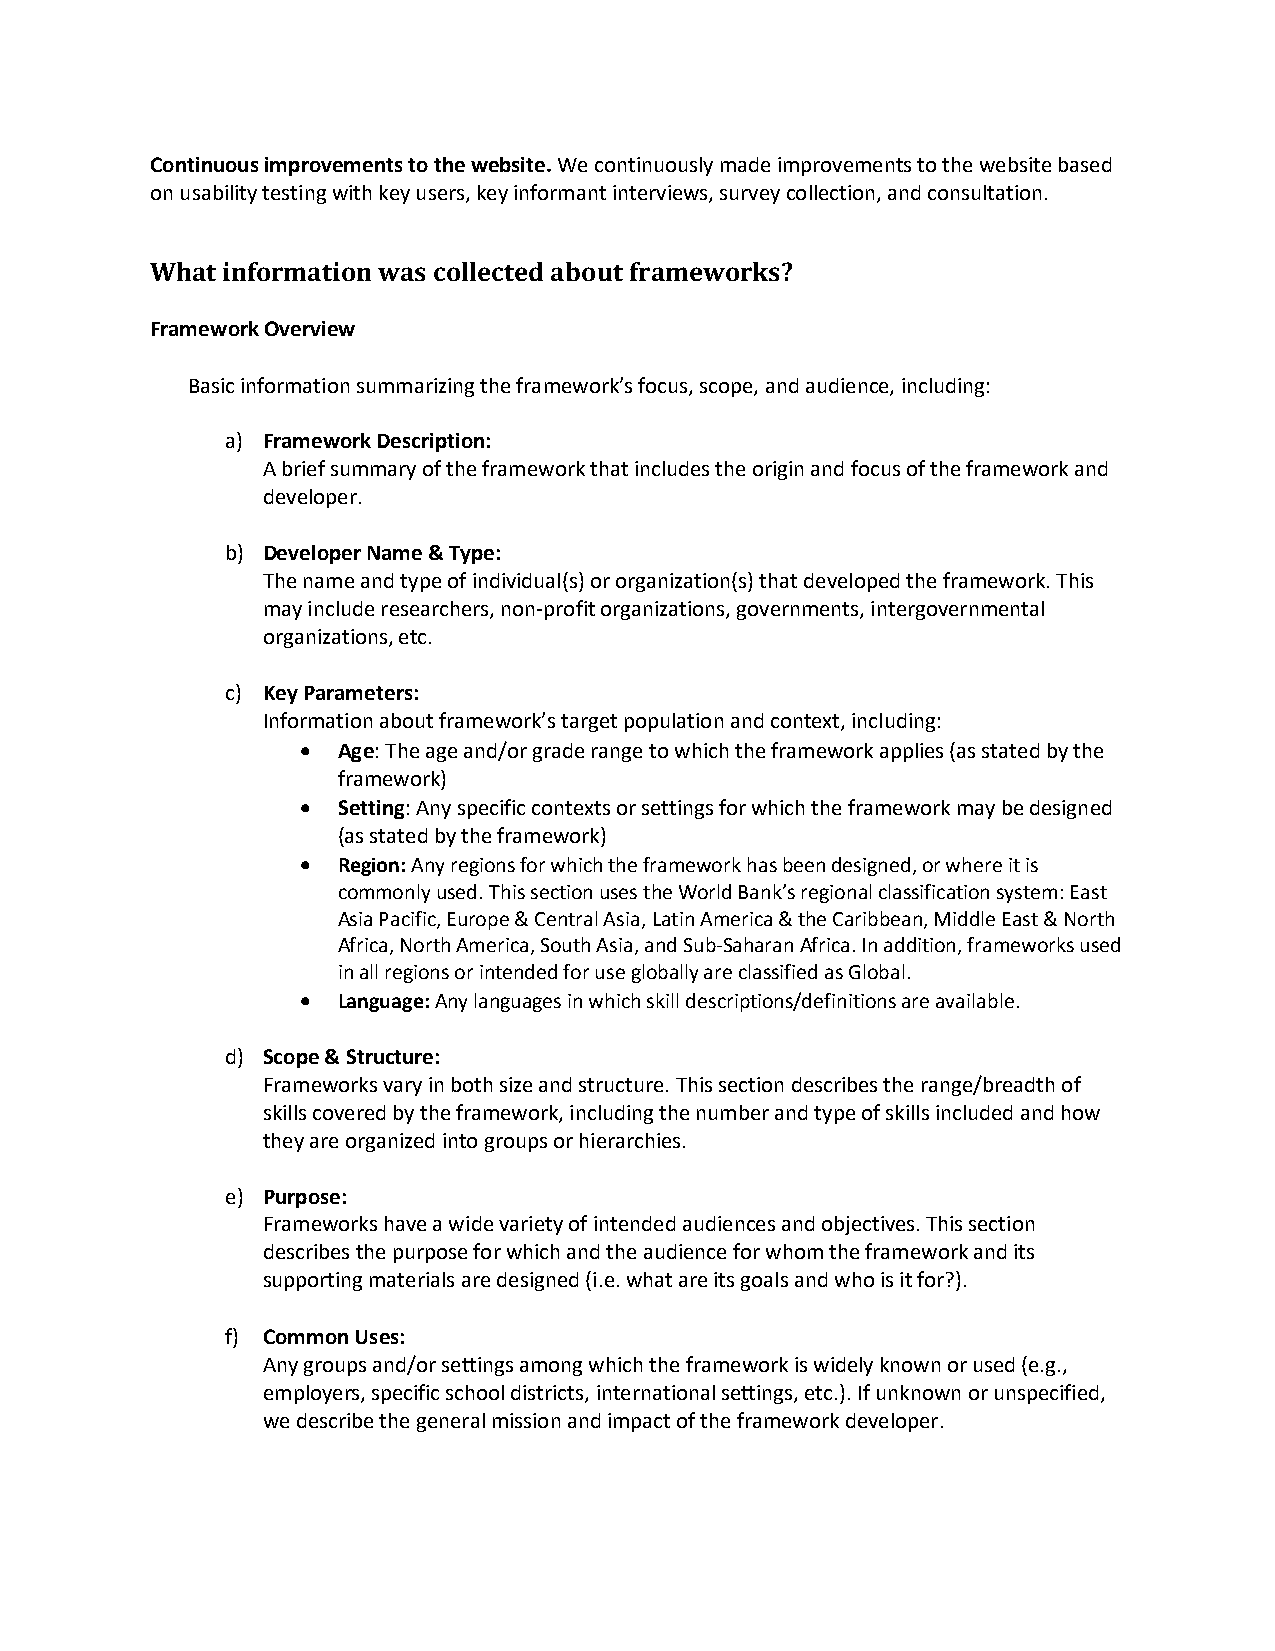
Continuous improvements to the website. We continuously made improvements to the website based
 on usability testing with key users, key informant interviews, survey collection, and consultation.
 What information was collected about frameworks?
 Framework Overview
 Basic information summarizing the framework’s focus, scope, and audience, including:
 a) Framework Description:
 A brief summary of the framework that includes the origin and focus of the framework and
 developer.
 b) Developer Name & Type:
 The name and type of individual(s) or organization(s) that developed the framework. This
 may include researchers, non-profit organizations, governments, intergovernmental
 organizations, etc.
 c) Key Parameters:
 Information about framework’s target population and context, including:
 • Age: The age and/or grade range to which the framework applies (as stated by the
 framework)
 • Setting: Any specific contexts or settings for which the framework may be designed
 (as stated by the framework)
 • Region: Any regions for which the framework has been designed, or where it is
 commonly used. This section uses the World Bank’s regional classification system: East
 Asia Pacific, Europe & Central Asia, Latin America & the Caribbean, Middle East & North
 Africa, North America, South Asia, and Sub-Saharan Africa. In addition, frameworks used
 in all regions or intended for use globally are classified as Global.
 • Language: Any languages in which skill descriptions/definitions are available.
 d) Scope & Structure:
 Frameworks vary in both size and structure. This section describes the range/breadth of
 skills covered by the framework, including the number and type of skills included and how
 they are organized into groups or hierarchies.
 e) Purpose:
 Frameworks have a wide variety of intended audiences and objectives. This section
 describes the purpose for which and the audience for whom the framework and its
 supporting materials are designed (i.e. what are its goals and who is it for?).
 f) Common Uses:
 Any groups and/or settings among which the framework is widely known or used (e.g.,
 employers, specific school districts, international settings, etc.). If unknown or unspecified,
 we describe the general mission and impact of the framework developer.